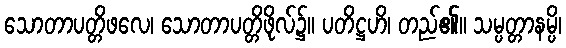
သောတာပတ္တိဖလေ၊ သောတာပတ္တိဖိုလ်၌။ ပတိဋ္ဌဟိ၊ တည်၏။ သမ္ပတ္တာနမ္ပိ၊